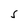
Character: S